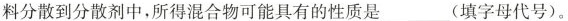
料分散到分散剂中，所得混合物可能具有的性质是___(填字母代号)。